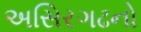
અસિરગઢનો